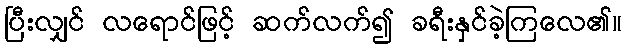
ပြီးလျှင် လရောင်ဖြင့် ဆက်လက်၍ ခရီးနှင်ခဲ့ကြလေ၏။